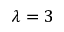
\lambda = 3